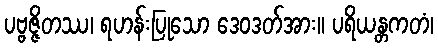
ပဗ္ဗဇ္ဇိတဿ၊ ရဟန်းပြုသော ဒေဝဒတ်အား။ ပရိယန္တကတံ၊